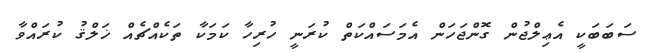
ސަބަބަކީ އެޢިލްޖުން ގޮންޖަހަން އެމަސައްކަތް ކުރަނީ ހުރިހާ ކަމަކާ ތަކެއްޗެއް ޚަލްޤު ކުރައްވާ